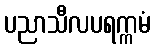
ပညာသီလပရက္ကမံ